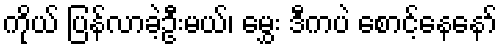
ကိုယ် ပြန်လာခဲ့ဦးမယ်၊ မွှေး ဒီကပဲ စောင့်နေနော်